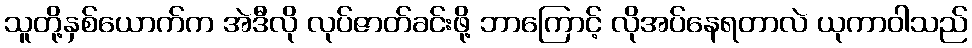
သူတို့နှစ်ယောက်က အဲဒီလို လုပ်ဇာတ်ခင်းဖို့ ဘာကြောင့် လိုအပ်နေရတာလဲ ယုကာဝါသည်